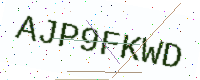
Text: AJP9FKWD